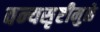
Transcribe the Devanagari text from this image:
वन्यसृष्टीमुळे